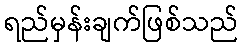
ရည်မှန်းချက်ဖြစ်သည်